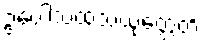
ဥပေါသထသံယုတ္တေတိ